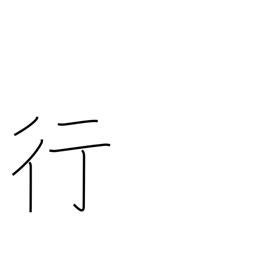
Meaning: bank